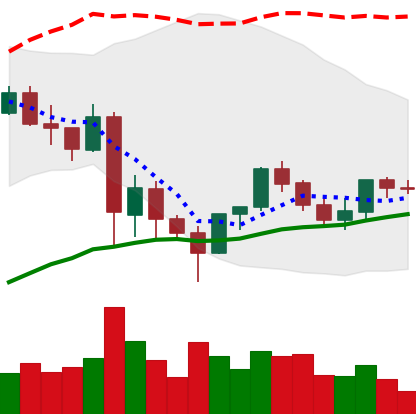
Ticker: LINK-USD
Chart end date: 2021-06-02
Forward return: -19.993%
Label: down_7plus